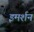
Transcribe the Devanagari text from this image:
इमर्शन